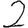
Digit: 2